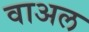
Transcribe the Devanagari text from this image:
वाअल